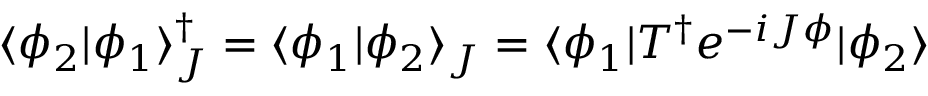
\langle \phi _ { 2 } | \phi _ { 1 } \rangle _ { J } ^ { \dagger } = \langle \phi _ { 1 } | \phi _ { 2 } \rangle _ { J } = \langle \phi _ { 1 } | T ^ { \dagger } e ^ { - i J \phi } | \phi _ { 2 } \rangle